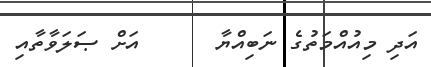
އަދި މިއުއްމަތުގެ ނަބިއްޔާ      އަށް ޞަލަވާތާއި